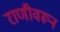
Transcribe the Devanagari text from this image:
राणीवरून